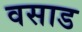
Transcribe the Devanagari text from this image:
वसाड